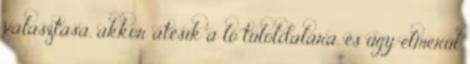
választása, akkor átesik a ló túloldalára, és úgy elmerül